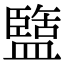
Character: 盬